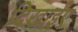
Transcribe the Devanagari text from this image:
दिखाईए